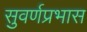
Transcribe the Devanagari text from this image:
सुवर्णप्रभास